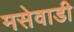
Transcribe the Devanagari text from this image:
मसेवाडी